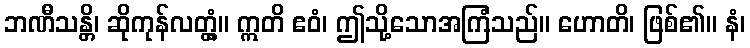
ဘဏီသန္တိ၊ ဆိုကုန်လတ္တံ့။ ဣတိ ဧဝံ၊ ဤသို့သောအကြံသည်။ ဟောတိ၊ ဖြစ်၏။ နံ၊